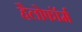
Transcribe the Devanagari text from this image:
हैलोफॉर्म